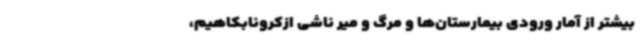
بیشتر از آمار ورودی بیمارستان‌ها و مرگ و میر ناشی ازکرونابکاهیم،